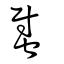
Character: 螱